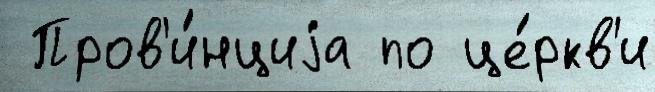
 Пров'и́нциjа по це́ркв'и